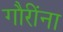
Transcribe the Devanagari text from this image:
गौरींना